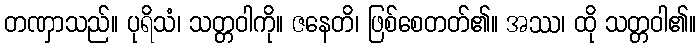
တဏှာသည်။ ပုရိသံ၊ သတ္တဝါကို။ ဇနေတိ၊ ဖြစ်စေတတ်၏။ အဿ၊ ထို သတ္တဝါ၏။